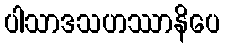
ပါသာဒသဟဿာနိပေ